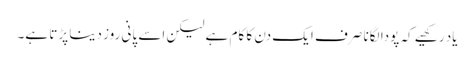
یاد رکھیے کہ پودا لگانا صرف ایک دن کا کام ہے لیکن اسے پانی روز دینا پڑتا ہے۔